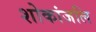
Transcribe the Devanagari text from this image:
शोकांजलि